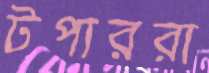
টপাররা